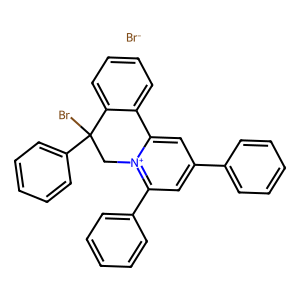
SMILES: BrC1(c2ccccc2)C[n+]2c(-c3ccccc3)cc(-c3ccccc3)cc2-c2ccccc21.[Br-]
Inhibits HIV replication: No